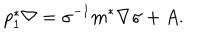
LaTeX: p _ { 1 } ^ { * } \nabla = \sigma ^ { - 1 } m ^ { * } \nabla \sigma + A .